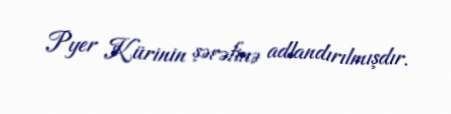
Pyer Kürinin şərəfinə adlandırılmışdır.